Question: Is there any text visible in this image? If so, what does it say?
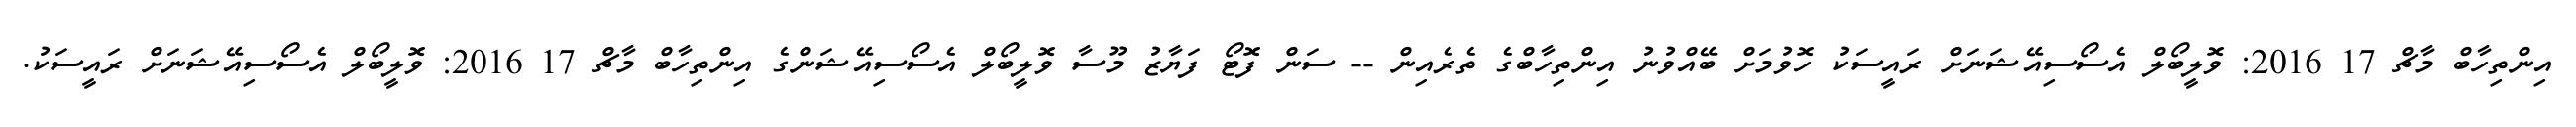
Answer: އިންތިހާބް މާޗް 17 2016: ވޮލީބޯލް އެސޯސިއޭޝަނަށް ރައީސަކު ހޮވުމަށް ބޭއްވުނު އިންތިހާބްގެ ތެރެއިން -- ސަން ފޮޓޯ ފަޔާޒު މޫސާ ވޮލީބޯލް އެސޯސިއޭޝަންގެ އިންތިހާބް މާޗް 17 2016: ވޮލީބޯލް އެސޯސިއޭޝަނަށް ރައީސަކު.